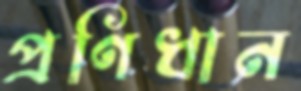
প্রণিধান